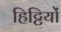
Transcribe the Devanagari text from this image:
हिट्टियों